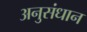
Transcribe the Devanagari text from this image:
अनुसंधान